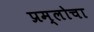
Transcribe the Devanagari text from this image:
प्रम्लोचा